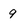
Character: 9